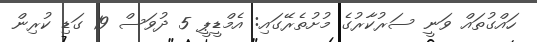
ހައްގުތައް ވަނީ ސަރުކާރުގެ މުށުތެރޭގައި: އެމްޑީޕީ 5 ދުވަސް 19 ގަޑި ކުރިން